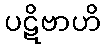
ပဋိဗာဟိ